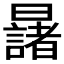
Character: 𣌆